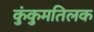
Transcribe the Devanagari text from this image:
कुंकुमतिलक